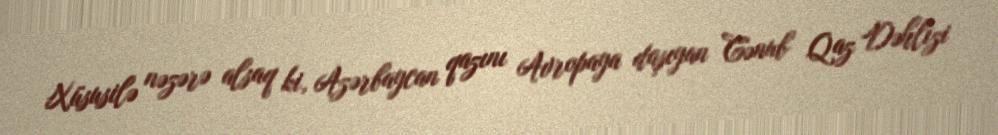
Xüsusilə nəzərə alsaq ki, Azərbaycan qazını Avropaya daşıyan Cənub Qaz Dəhlizi